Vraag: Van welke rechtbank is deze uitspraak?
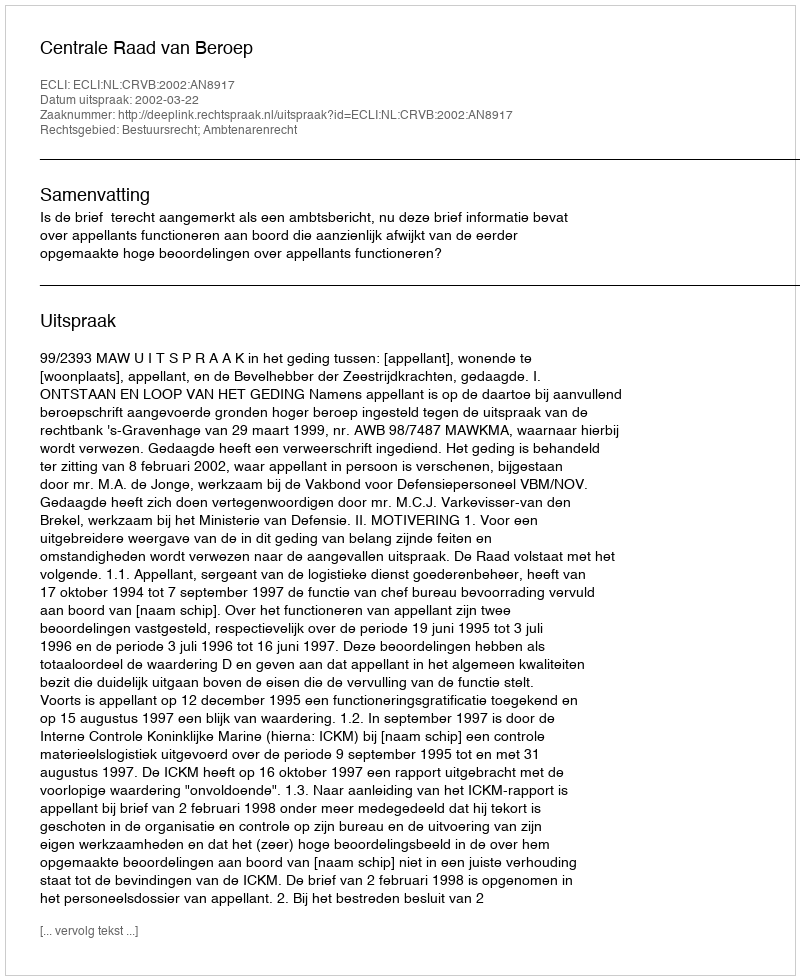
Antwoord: Centrale Raad van Beroep